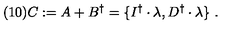
( 1 0 ) C : = A + B ^ { \dagger } = \{ I ^ { \dagger } \cdot \lambda , D ^ { \dagger } \cdot \lambda \} \ .